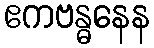
ဧကဗန္ဓနေန